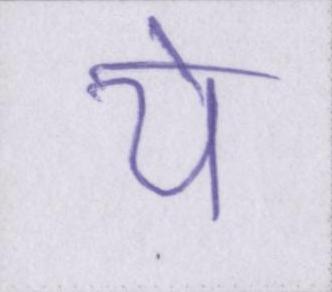
ये